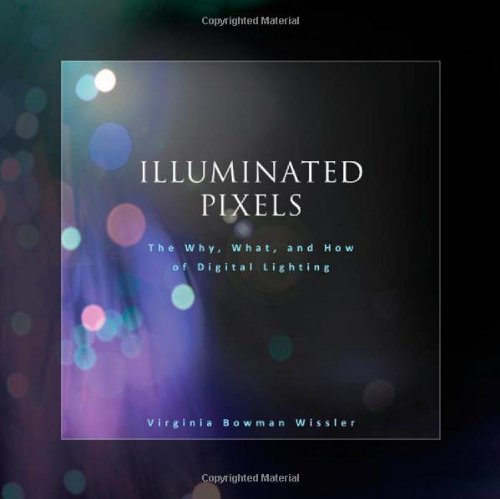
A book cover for Illuminated Pixels: The Why, What, and How of Digital Lighting; Virginia Wissler; Computers & Technology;